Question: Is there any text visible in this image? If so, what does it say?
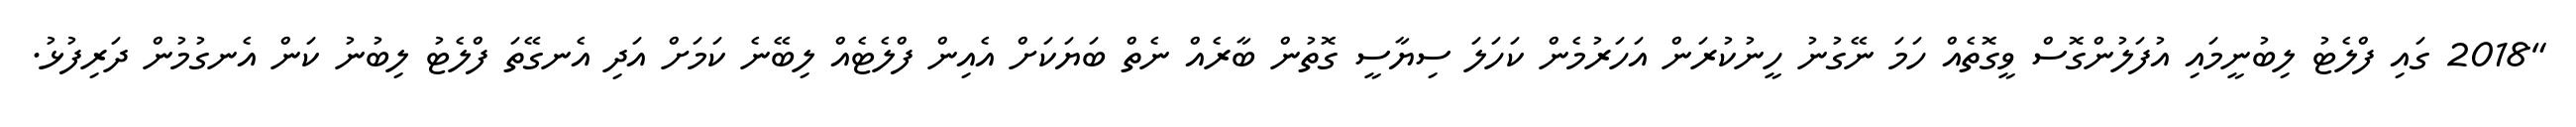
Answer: "2018 ގައި ފްލެޓު ލިބުނީމައި އުފަލުންގޮސް ވީގޮތެއް ހަމަ ނޭގުނު ހީނުކުރަން އަހަރުމެން ކަހަލަ ސިޔާސީ ގޮތުން ބާރެއް ނެތް ބަޔަކަށް އެއިން ފްލެޓެއް ލިބޭނެ ކަމަށް އަދި އެނގޭތަ ފްލެޓު ލިބުނު ކަން އެނގުމުން ދަރިފުޅު.